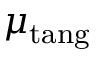
\mu _ { \mathrm { t a n g } }